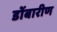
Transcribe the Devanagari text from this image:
डोंबारीण